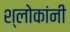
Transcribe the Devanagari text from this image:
श्लोकांनी